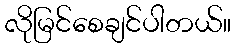
လိုမြင်စေချင်ပါတယ်။